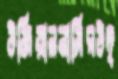
উজিয়ালনাসিরউদ্